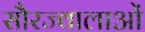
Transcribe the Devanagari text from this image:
सौरज्वालाओं